Annual report on the working of the lock hospitals in the Central Provinces
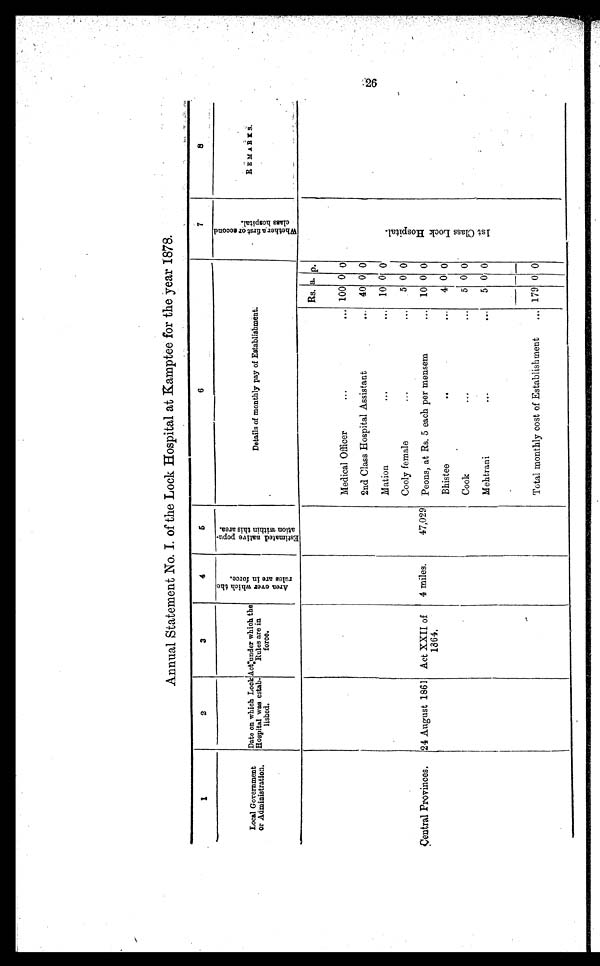
Annual Statement No. I. of the Lock Hospital at Kamptee for the year 1878.
1
2
3
4
5
6
7
8
REMARKS
W h e t h e r a f i r s t o r s e c o n d c l a s s h o s p i t a l .
Local Government
or Administration.
Date on which Look
Hospital was estab-
lished.
Act:under which the
Rules are in
force.
A r e a o v e r w h i c h t h e r u l e s a r e i n f o r c e s .
E s t i m a t e d n a t i v e p o p u a t i o n w i t h i n t h i s a r e a .
Details of monthly pay of Establishment.
Rs. a p.
1 s t c l a s s L o c k H o s p i t a l .
Medical Officer
... ... 100 0 0
2nd Class Hospital Assistant
... 40 0 0
Mation
...
...
10 0 0
Cooly female
...
...
5 0 0
Central Provinces.
24 August 1861 Act XXII of
1864.
4 miles.
47,029 Peons, at Rs. 5 each per mensem
... 10 0 0
Bhistee
... ...
4 0 0
Cook
...
5 0 0
Mehtrani
...
...
5 0 0
Total monthly cost of Establishment
... 179 0 0